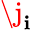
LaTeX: \j_{\mathbf{i}}